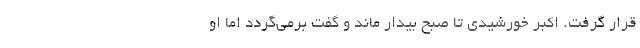
قرار گرفت. اکبر خورشیدی تا صبح بیدار ماند و گفت برمی‌گردد اما او